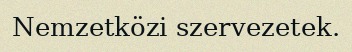
Nemzetközi szervezetek.